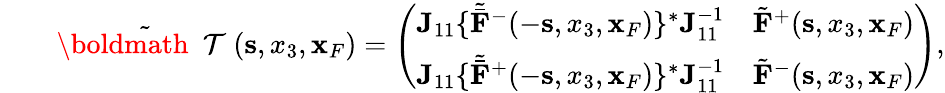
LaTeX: \begin{array}{rlr}&{}&{\tilde{{{\mathrm{\boldmath~{\cal~T}~}}}}({\mathbf s},x_{3},{\mathbf x}_{F})=\left(\begin{array}{ll}{{\mathbf J}_{11}\{ {\tilde{\bar{\mathbf F}}}^{-}(-{\mathbf s},x_{3},{\mathbf x}_{F})\} ^{*}{\mathbf J}_{11}^{-1}}&{\tilde{\mathbf F}^{+}({\mathbf s},x_{3},{\mathbf x}_{F})}\\ {{\mathbf J}_{11}\{ {\tilde{\bar{\mathbf F}}}^{+}(-{\mathbf s},x_{3},{\mathbf x}_{F})\} ^{*}{\mathbf J}_{11}^{-1}}&{\tilde{\mathbf F}^{-}({\mathbf s},x_{3},{\mathbf x}_{F})}\end{array}\right),}\end{array}